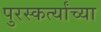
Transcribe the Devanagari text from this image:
पुरस्कर्त्यांच्या